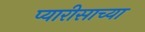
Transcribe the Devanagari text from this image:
प्यारीसाच्या